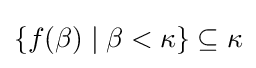
\{f(\beta )\mid \beta <\kappa \}\subseteq \kappa